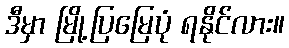
ဒီမှာ မြို့ပြမြေပုံ ရနိုင်လား။